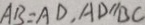
A B = A D , A D / / B C